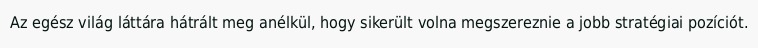
Az egész világ láttára hátrált meg anélkül, hogy sikerült volna megszereznie a jobb stratégiai pozíciót.